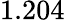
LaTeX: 1.204